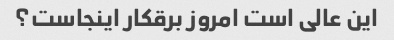
این عالی است امروز برقکار اینجاست؟